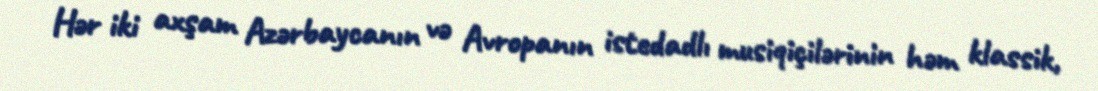
Hər iki axşam Azərbaycanın və Avropanın istedadlı musiqiçilərinin həm klassik,